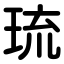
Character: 琉